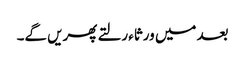
بعد میں ورثاء رلتے پھریں گے۔